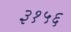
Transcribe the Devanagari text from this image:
३१५६